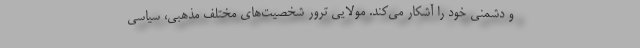
و دشمنی خود را آشکار می‌کند. مولایی ترور شخصیت‌های مختلف مذهبی، سیاسی